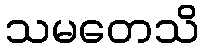
သမတေသိ